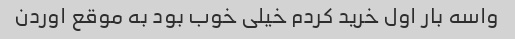
واسه بار اول خرید کردم خیلی خوب بود به موقع اوردن‌